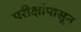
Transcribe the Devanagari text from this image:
परीक्षांपासून